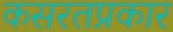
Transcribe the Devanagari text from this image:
कसरतप्रकार